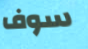
سوف